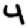
Digit: 4